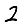
Digit: 2